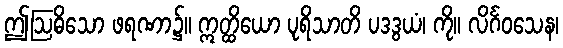
ဤဩဓိသော ဖရဏာ၌။ ဣတ္ထိယော ပုရိသာတိ ပဒဒွယံ၊ ကို။ လိင်္ဂဝသေန၊